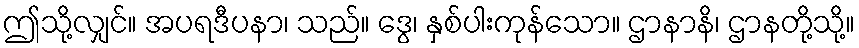
ဤသို့လျှင်။ အပရဒီပနာ၊ သည်။ ဒွေ၊ နှစ်ပါးကုန်သော။ ဌာနာနိ၊ ဌာနတို့သို့။